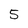
Character: 5